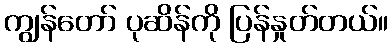
ကျွန်တော် ပုဆိန်ကို ပြန်နှုတ်တယ်။